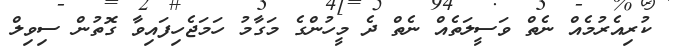
ކުރިއެރުމެއް ނެތް ވަސީލަތެއް ނެތް ދެ މީހުންގެ މަގާމު ހަމަޖެހިފައިވާ ގޮތުން ސިވިލް